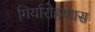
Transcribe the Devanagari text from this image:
गिर्यारोहणास